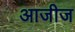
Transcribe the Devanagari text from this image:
आजीज